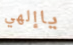
ياإلهي